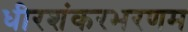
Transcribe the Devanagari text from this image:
धीरशंकरभरणम